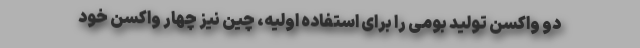
دو واکسن تولید بومی را برای استفاده اولیه، چین نیز چهار واکسن خود